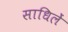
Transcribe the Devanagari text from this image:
साधिलें